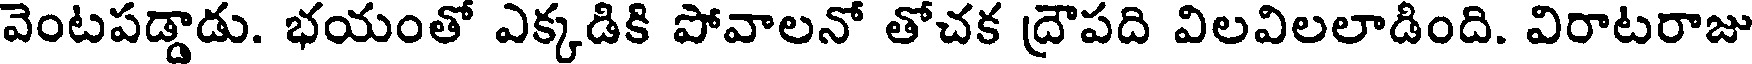
వెంటపడ్డాడు. భయంతో ఎక్కడికి పోవాలనో తోచక ద్రౌపది విలవిలలాడింది. విరాటరాజు